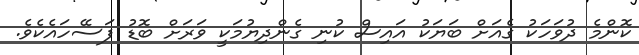
ކޮންމެ ދުވަހަކު ގެއަށް ބަޔަކު އައިސް ކުނި ގެންދިޔުމަކީ ވަރަށް ބޮޑު ފަސޭހައެކެވެ.